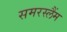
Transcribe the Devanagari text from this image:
समरस्लैंम